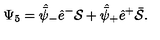
\Psi _ { 5 } = \skew 5 \hat { \bar { \psi } } _ { - } \hat { e } ^ { - } { \cal S } + \skew 5 \hat { \bar { \psi } } _ { + } \hat { e } ^ { + } \bar { \cal S } .